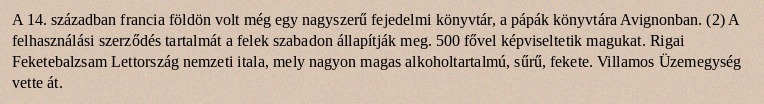
A 14. században francia földön volt még egy nagyszerű fejedelmi könyvtár, a pápák könyvtára Avignonban. (2) A felhasználási szerződés tartalmát a felek szabadon állapítják meg. 500 fővel képviseltetik magukat. Rigai Feketebalzsam Lettország nemzeti itala, mely nagyon magas alkoholtartalmú, sűrű, fekete. Villamos Üzemegység vette át.